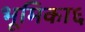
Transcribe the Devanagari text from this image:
भूमिका६